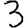
Digit: 3